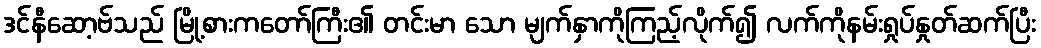
ဒင်နီဆော့ဗ်သည် မြို့စားကတော်ကြီး၏ တင်းမာ သော မျက်နှာကိုကြည့်လိုက်၍ လက်ကိုနမ်းရှုပ်နှုတ်ဆက်ပြီး